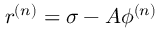
r ^ { ( n ) } = \sigma - { \cal A } \phi ^ { ( n ) }